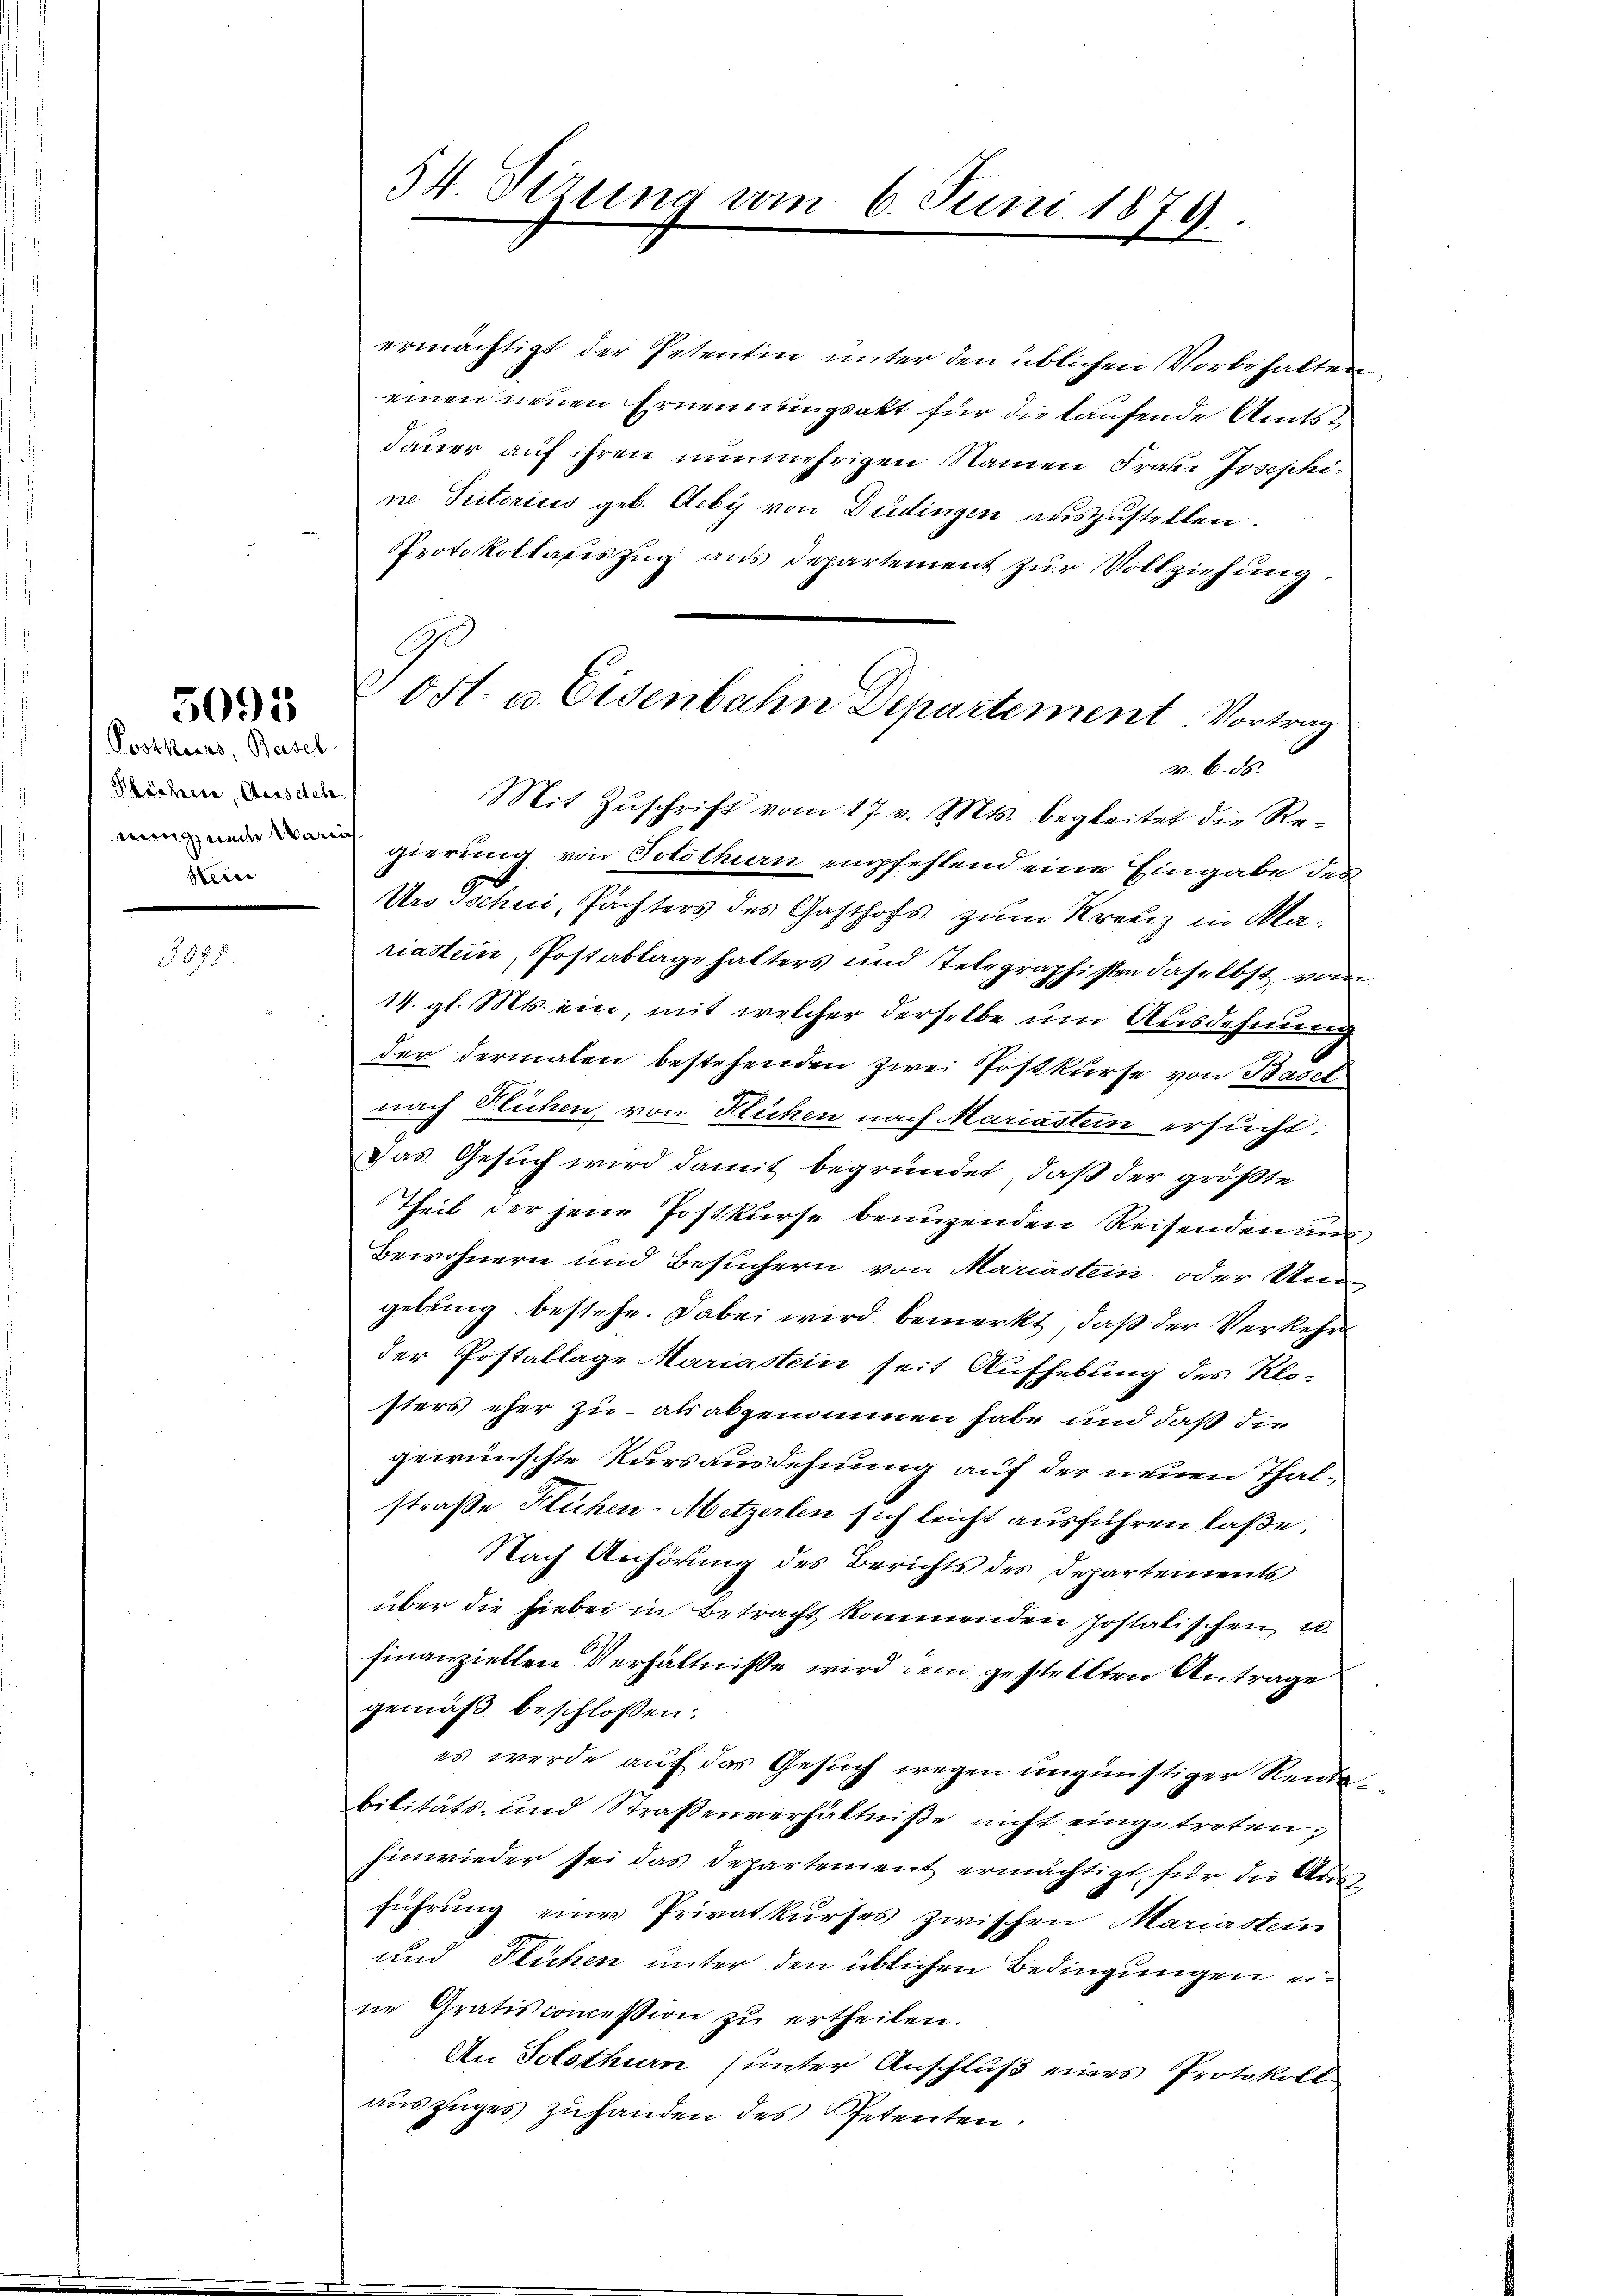
Postkacas, Basel
Klöcher, Ausdeh
Hein

5095

ermächtigt der Petentin unter den üblichen Vorbehalten
einen neuen Ernennungsakt für die laufende Amtst
dauer auf ihren nunmehrigen Namen Frau Josephi
ne Tutorius geb. Acby von Düdingen auszustellen.
Protokollafiszug aus Departement zur Vollziehung.
Z. B. d.
Mit Zŭschrift vom 17. v. Mts. begleitet die Regierung von Solothurn empfehlend eine Eingabe des
Urs Tschni, Pachters des Gasthofs zum Kreuz in Klariastein, Postablage halters und Telegraphisten daselbst, von
14. gl. Mts. ein, mit welcher derselbe um Ausdehnung
der dermalen bestehenden zwei Postkurse von Basel
nach Flichen, von Flüchen nach Mariastein ersucht.
Das Gesuch wird damit begründet, daß der größte
Theil der jene Postkurse benuzenden Reisenden uns
Bewohnern und Besuchern von Mariastein oder Ungebung bestehe. Dabei wird bemerkt, daß der Verkehr
der Postablage Mariastein seit Aufhebung des Klo-
sters eher zu - als abgenommen habe und daß die
gewünschte Kursausdehnung auf der neuen Thalstraße Flüchen-Mitzerlen sich leicht ausführen laße.
Nach Anhörung des Berichts des Departements
über die hiebei in Betracht kommenden Jostatischen u.
finanziellen Verhältniße wird dem gestellten Antrage
gemäß beschlossen:
es werde auf das Gesuch wegen ungünstiger Rente
bilitäts- und Straßenverhältniße nicht eingetreten,
Einwieder sei das Departement ermächtigt, für die Ausführung eine Privatkurses zwischen Mariastein
und Flüchen unter den üblichen Bedingungen eine Gratis concession zu ertheilen.
An Solothurn (unter Anschluß eines Protokoll
auszuges zuhanden des Petenten.

54. Setzung am 6. Juni 1879.

Tost. u. Eisenbahn Departement. Vortrag